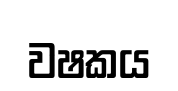
වෂකය